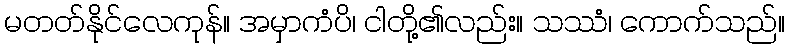
မတတ်နိုင်လေကုန်။ အမှာကံပိ၊ ငါတို့၏လည်း။ သဿံ၊ ကောက်သည်။